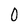
Character: 0